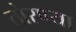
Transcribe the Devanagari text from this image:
तोरण्या